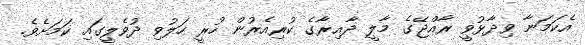
އެކަމަނާ ވިދާޅުވީ ރާއްޖޭގެ މާލީ ދާއިރާގެ ކުރިއެރުން ހުރީ ހަލުވި ދުވެލީގައި ކަމަށެވެ.